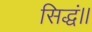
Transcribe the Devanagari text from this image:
सिद्धं।।